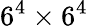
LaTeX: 6^{4}\times 6^{4}